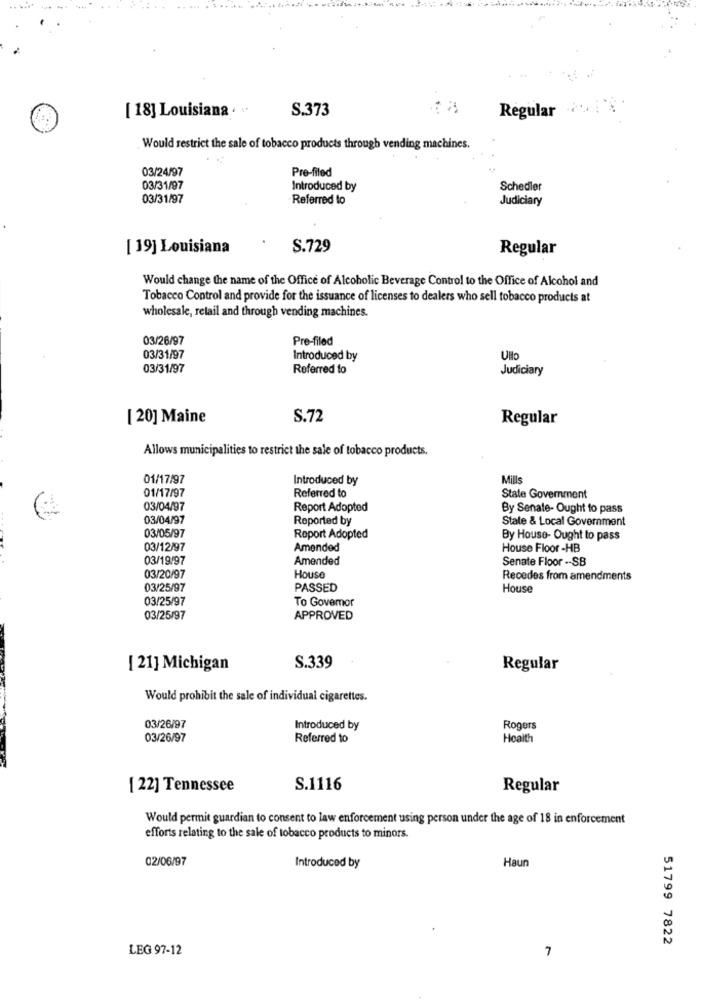
[ 18] Louisiana . ..
S.373
Regular
Would restrict the sale of tobacco products through vending machines.
03/24/97
Pre-filed
03/31/97
Introduced by
Schedler
03/31/97
Referred to
Judiciary
[ 19] Louisiana
S.729
Regular
Would change the name of the Office of Alcoholic Beverage Control to the Office of Alcohol and
Tobacco Control and provide for the issuance of licenses to dealers who sell tobacco products at
wholesale, retail and through vending machines.
03/26/97
Pre-filed
03/31/97
Introduced by
Ullo
03/31/97
Referred to
Judiciary
[ 20] Maine
S.72
Regular
Allows municipalities to restrict the sale of tobacco products.
01/17/97
Introduced by
Mills
Referred to
01/17/97
State Government
03/04/97
Report Adopted
By Senate- Ought to pass
03/04/97
Reported by
State & Local Government
03/05/97
Report Adopted
By House- Ought to pass
03/12/97
Amended
House Floor -HB
03/19/97
Amended
Senate Floor -- SB
03/20/97
House
Recedes from amendments
03/25/97
PASSED
House
03/25/97
To Govemor
03/25/97
APPROVED
[ 21] Michigan
S.339
Regular
Would prohibit the sale of individual cigarettes.
03/26/97
Introduced by
Rogers
03/26/97
Referred to
Health
[ 22] Tennessee
S.1116
Regular
Would permit guardian to consent to law enforcement using person under the age of 18 in enforcement
efforts relating to the sale of tobacco products to minors.
02/06/97
Haun
Introduced by
51799 7822
LEG 97-12
7